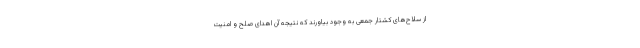
از سلاح‌­های کشتار جمعی به وجود بیاورند که نتیجه آن اهدای صلح و امنیت